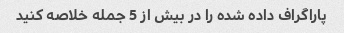
پاراگراف داده شده را در بیش از 5 جمله خلاصه کنید